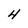
Character: 4